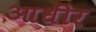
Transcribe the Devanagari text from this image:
आधीर